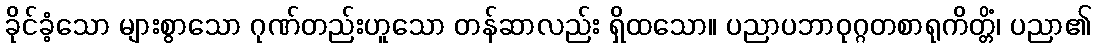
ခိုင်ခံ့သော များစွာသော ဂုဏ်တည်းဟူသော တန်ဆာလည်း ရှိထသော။ ပညာပဘာဝုဂ္ဂတစာရုကိတ္တိံ၊ ပညာ၏